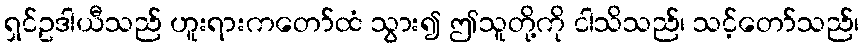
ရှင်ဥဒါယီသည် ဟူးရားကတော်ထံ သွား၍ ဤသူတို့ကို ငါသိသည်၊ သင့်တော်သည်၊